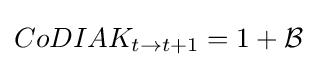
CoDIAK_{t\to t+1}=1+{\mathcal {B}}